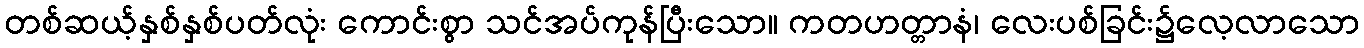
တစ်ဆယ့်နှစ်နှစ်ပတ်လုံး ကောင်းစွာ သင်အပ်ကုန်ပြီးသော။ ကတဟတ္တာနံ၊ လေးပစ်ခြင်း၌လေ့လာသော